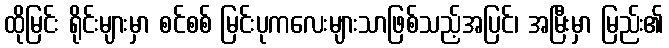
ထိုမြင်း ရိုင်းများမှာ စင်စစ် မြင်းပုကလေးများသာဖြစ်သည့်အပြင်၊ အမြီးမှာ မြည်း၏